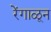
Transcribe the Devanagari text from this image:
रेंगाळून